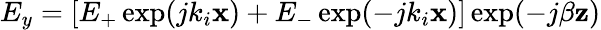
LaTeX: E_{y}=[E_{+}\exp(jk_{i}\mathbf{x})+E_{-}\exp(-jk_{i}\mathbf{x})]\exp(-j\beta\mathbf{z})